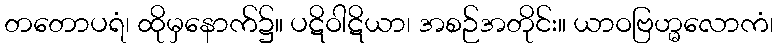
တတောပရံ၊ ထိုမှနောက်၌။ ပဋိဝါဋိယာ၊ အစဉ်အတိုင်း။ ယာဝဗြဟ္မလောကံ၊